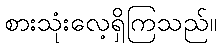
စားသုံးလေ့ရှိကြသည်။